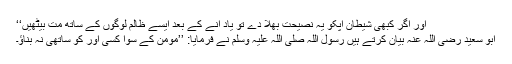
اور اگر کبھی شیطان آپکو یہ نصیحت بھلا دے تو یاد آنے کے بعد ایسے ظالم لوگوں کے ساتھ مت بیٹھیں‘‘
ابو سعید رضی اللہ عنہ بیان کرتے ہیں رسول اللہ صلی اللہ علیہ وسلم نے فرمایا: ’’مومن کے سوا کسی اور کو ساتھی نہ بناؤ۔